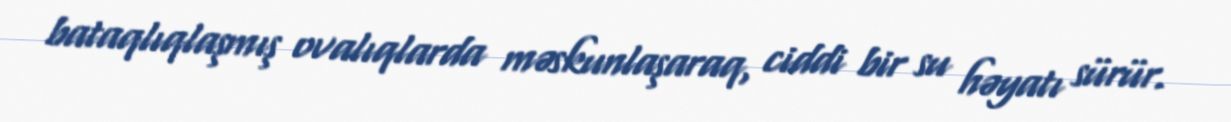
bataqlıqlaşmış ovalıqlarda məskunlaşaraq, ciddi bir su həyatı sürür.